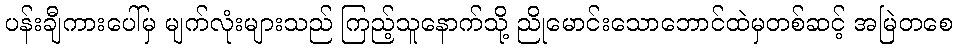
ပန်းချီကားပေါ်မှ မျက်လုံးများသည် ကြည့်သူနောက်သို့ ညိုမောင်းသောဘောင်ထဲမှတစ်ဆင့် အမြဲတစေ